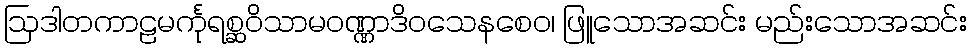
ဩဒါတကာဠမင်္ကုရစ္ဆဝိသာမဝဏ္ဏာဒိဝသေနစေဝ၊ ဖြူသောအဆင်း မည်းသောအဆင်း